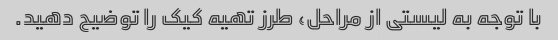
با توجه به لیستی از مراحل، طرز تهیه کیک را توضیح دهید.